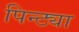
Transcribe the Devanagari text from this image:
पिन्ट्या